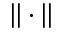
| | \cdot | |